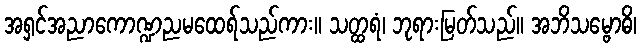
အရှင်အညာကောဏ္ဍညမထေရ်သည်ကား။ သတ္ထရံ၊ ဘုရားမြတ်သည်။ အဘိသမ္ဗောဓိ၊